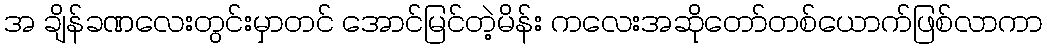
အ ချိန်ခဏလေးတွင်းမှာတင် အောင်မြင်တဲ့မိန်း ကလေးအဆိုတော်တစ်ယောက်ဖြစ်လာကာ